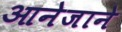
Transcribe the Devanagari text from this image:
आनेजाने